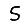
Digit: 5